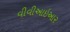
વીવીઆઇઆર